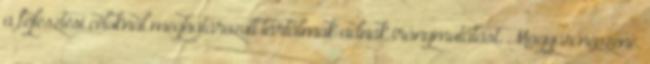
a fejlesztési céloknál meghatározott tartalmak adnak iránymutatást. Magyar népzene.